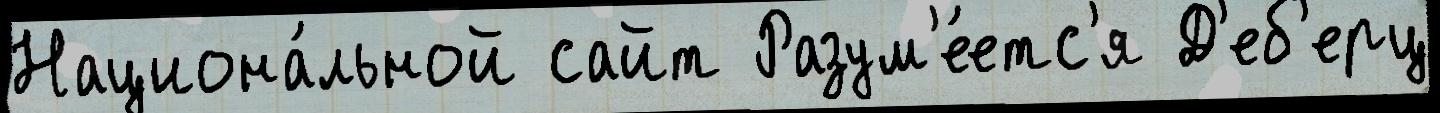
Национа́льной сайт Разум'е́етс'я Д'еб'ерц